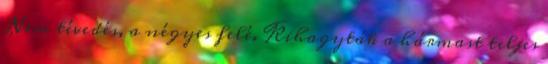
Nem tévedés, a négyes felé. Kihagyták a hármast teljes